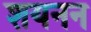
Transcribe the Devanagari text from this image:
शयनन